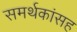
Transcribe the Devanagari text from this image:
समर्थकांसह